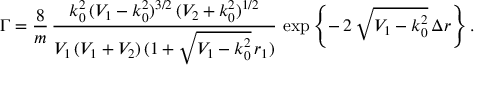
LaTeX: \Gamma = \frac { 8 } { m } \, \frac { k _ { 0 } ^ { 2 } \, ( V _ { 1 } - k _ { 0 } ^ { 2 } ) ^ { 3 / 2 } \, ( V _ { 2 } + k _ { 0 } ^ { 2 } ) ^ { 1 / 2 } } { V _ { 1 } \, ( V _ { 1 } + V _ { 2 } ) \, ( 1 + \sqrt { V _ { 1 } - k _ { 0 } ^ { 2 } } \, r _ { 1 } ) } \, \exp \left\{ - \, 2 \, \sqrt { V _ { 1 } - k _ { 0 } ^ { 2 } } \, \Delta r \right\} .